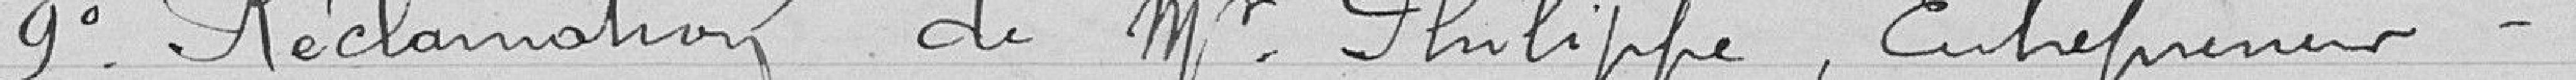
9° Réclamation de Monsieur Philippe, Entrepreneur.